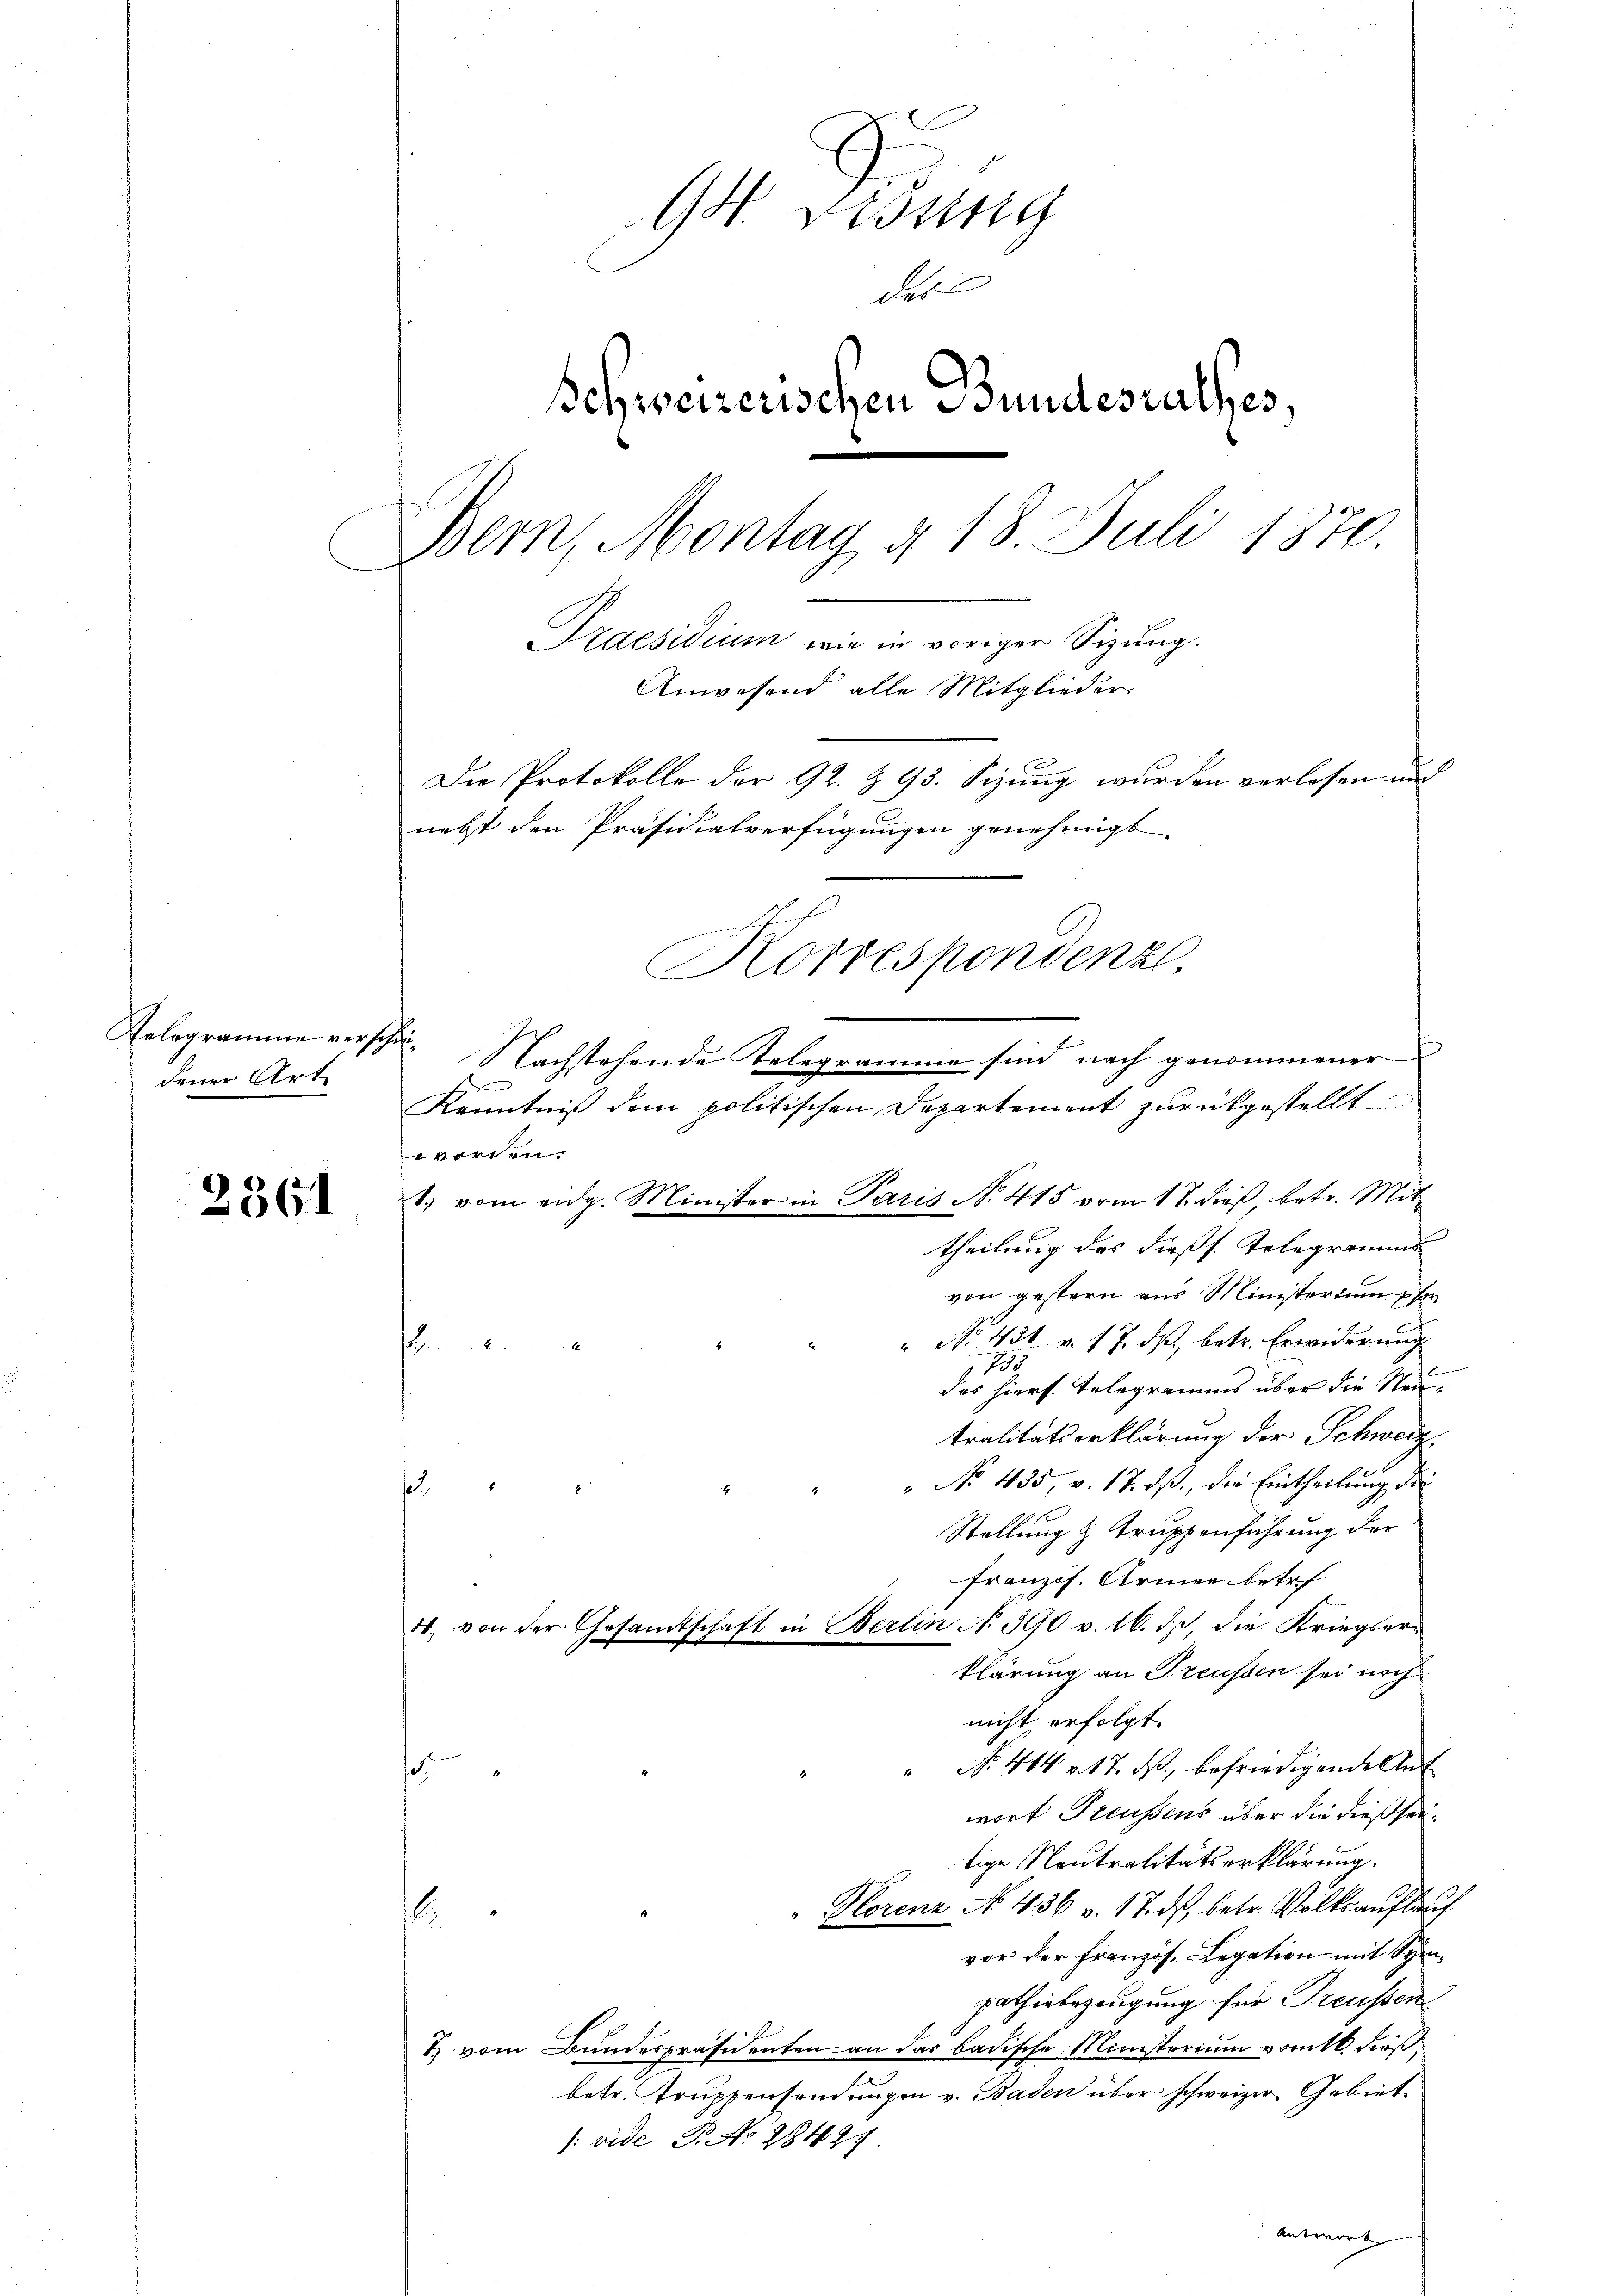
Relegramme verschädener Art.

2361

GH. Visung
des
Schweizerischen Bundesrathes,
Bern, Montag § 18. Juli 1870.
Praesidium, wie in voriger Sitzung.
Anwesend alle Mitglieder
Die Protokolle der 92. Z. 93. Sizung wurden verlesen und
nebst den Präsidialverfügungen genehmigt.
Korrespondenz.

Nachstehende Telegramme sind nach genommener
E
Kenntniß dem politischen Departement zurückgestellt
worden.
1. vom eidg. Minister in Paris No 415 vom 17. dieß betr. Mit-
theilung des dießs. Telegramms
von gestern aus Ministerium per
 No 431. v. 17. ds., betr. Erwiderung

das hiers. Telegramms über die Neutralitätserklärung der Schweiz.
" No 435. v. 17. ds., der Eintheilung die
s
Stellung & Truppenführung der
französ. Armee betref
4, von der Gesamtschaft in Berlin N. 390 v. 16. ds, die Kriegserklärung an Freussen sei noch
nicht erfolgt.
No. 444 u. 17. ds., befriedigende Ant
.
wort Preussens über die dießseitige Neutralitätserklärung.
Plorenz No. 436 v. 17. ds, betr. Volksauflauf
.
vor der Französ. Legation mit Spen
pathinbezeugung für Treussen
T) vom Bundespräsidenten an das badische Ministerium vom 16. dieß,
betr. Truppensendungen v. Baden über schweizer Gebiet
: vide P. No 2842.
Antwort